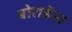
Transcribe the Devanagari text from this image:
बोराडेंना